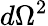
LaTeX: d\Omega^{2}